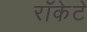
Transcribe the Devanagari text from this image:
रॉकेटे